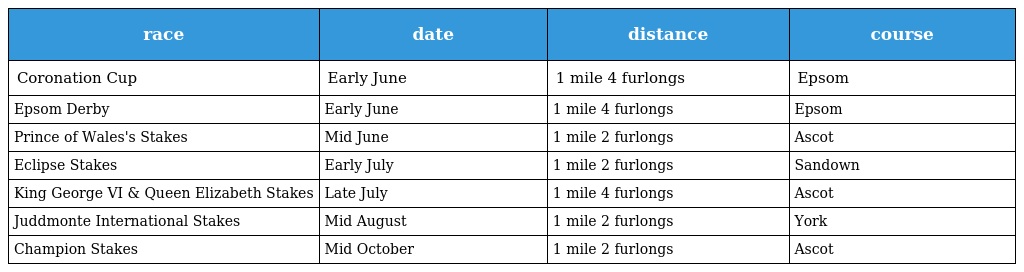
| race | date | distance | course |
 | --- | --- | --- | --- |
 | Coronation Cup | Early June | 1 mile 4 furlongs | Epsom |
 | Epsom Derby | Early June | 1 mile 4 furlongs | Epsom |
 | Prince of Wales's Stakes | Mid June | 1 mile 2 furlongs | Ascot |
 | Eclipse Stakes | Early July | 1 mile 2 furlongs | Sandown |
 | King George VI & Queen Elizabeth Stakes | Late July | 1 mile 4 furlongs | Ascot |
 | Juddmonte International Stakes | Mid August | 1 mile 2 furlongs | York |
 | Champion Stakes | Mid October | 1 mile 2 furlongs | Ascot |